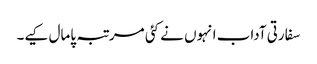
سفارتی آداب انہوں نے کئی مرتبہ پامال کیے۔